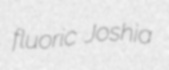
fluoric Joshia